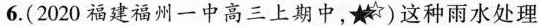
6.(2020福建福州一中高三上期中，)这种雨水处理